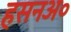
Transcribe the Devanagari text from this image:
हसनअ०